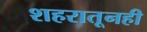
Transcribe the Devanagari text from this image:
शहरातूनही